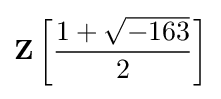
\mathbf {Z} \left[{\frac {1+{\sqrt {-163}}}{2}}\right]